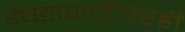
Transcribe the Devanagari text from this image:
ईच्छाशक्तीवरही